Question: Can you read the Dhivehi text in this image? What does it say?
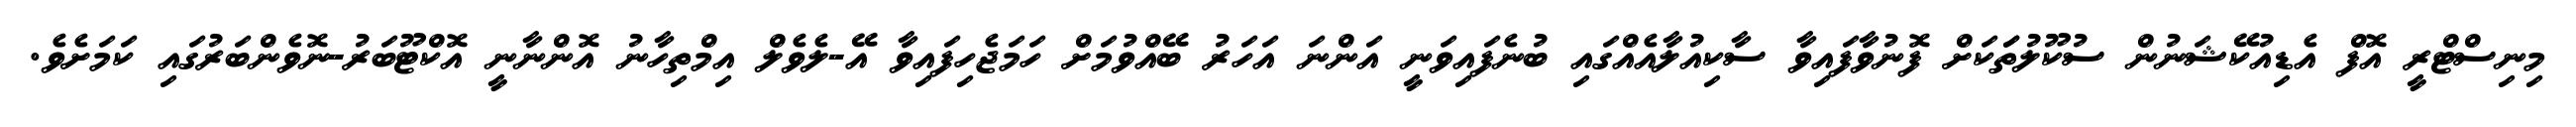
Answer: މިނިސްޓްރީ އޮފް އެޑިއުކޭޝަނުން ސުކޫލުތަަކަށް ފޮނުވާފައިވާ ސާކިއުލާއެއްގައި ބުނެފައިވަނީ އަންނަ އަހަރު ބޭއްވުމަށް ހަމަޖެހިފައިވާ އޭ-ލެވެލް އިމްތިހާނު އޮންނާނީ އޮކްޓޫބަރު-ނޮވެންބަރުގައި ކަމަށެވެ.